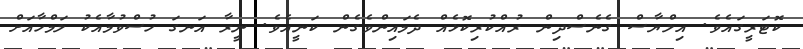
ކޮޓަރީގައެވެ. އިލްޔާސް ގެނެސްދިން ރުއްކުރިކޮޅެއް ދެމައިންވެގެން ކަނީއެވެ. ނީރާ އަނގަ ހުސްވުމާއެކު ލަމްހާއަށް